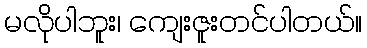
မလိုပါဘူး၊ ကျေးဇူးတင်ပါတယ်။